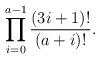
LaTeX: \begin{align*} \prod _{i=0} ^{a-1}\frac {(3i+1)!} {(a+i)!}.\end{align*}